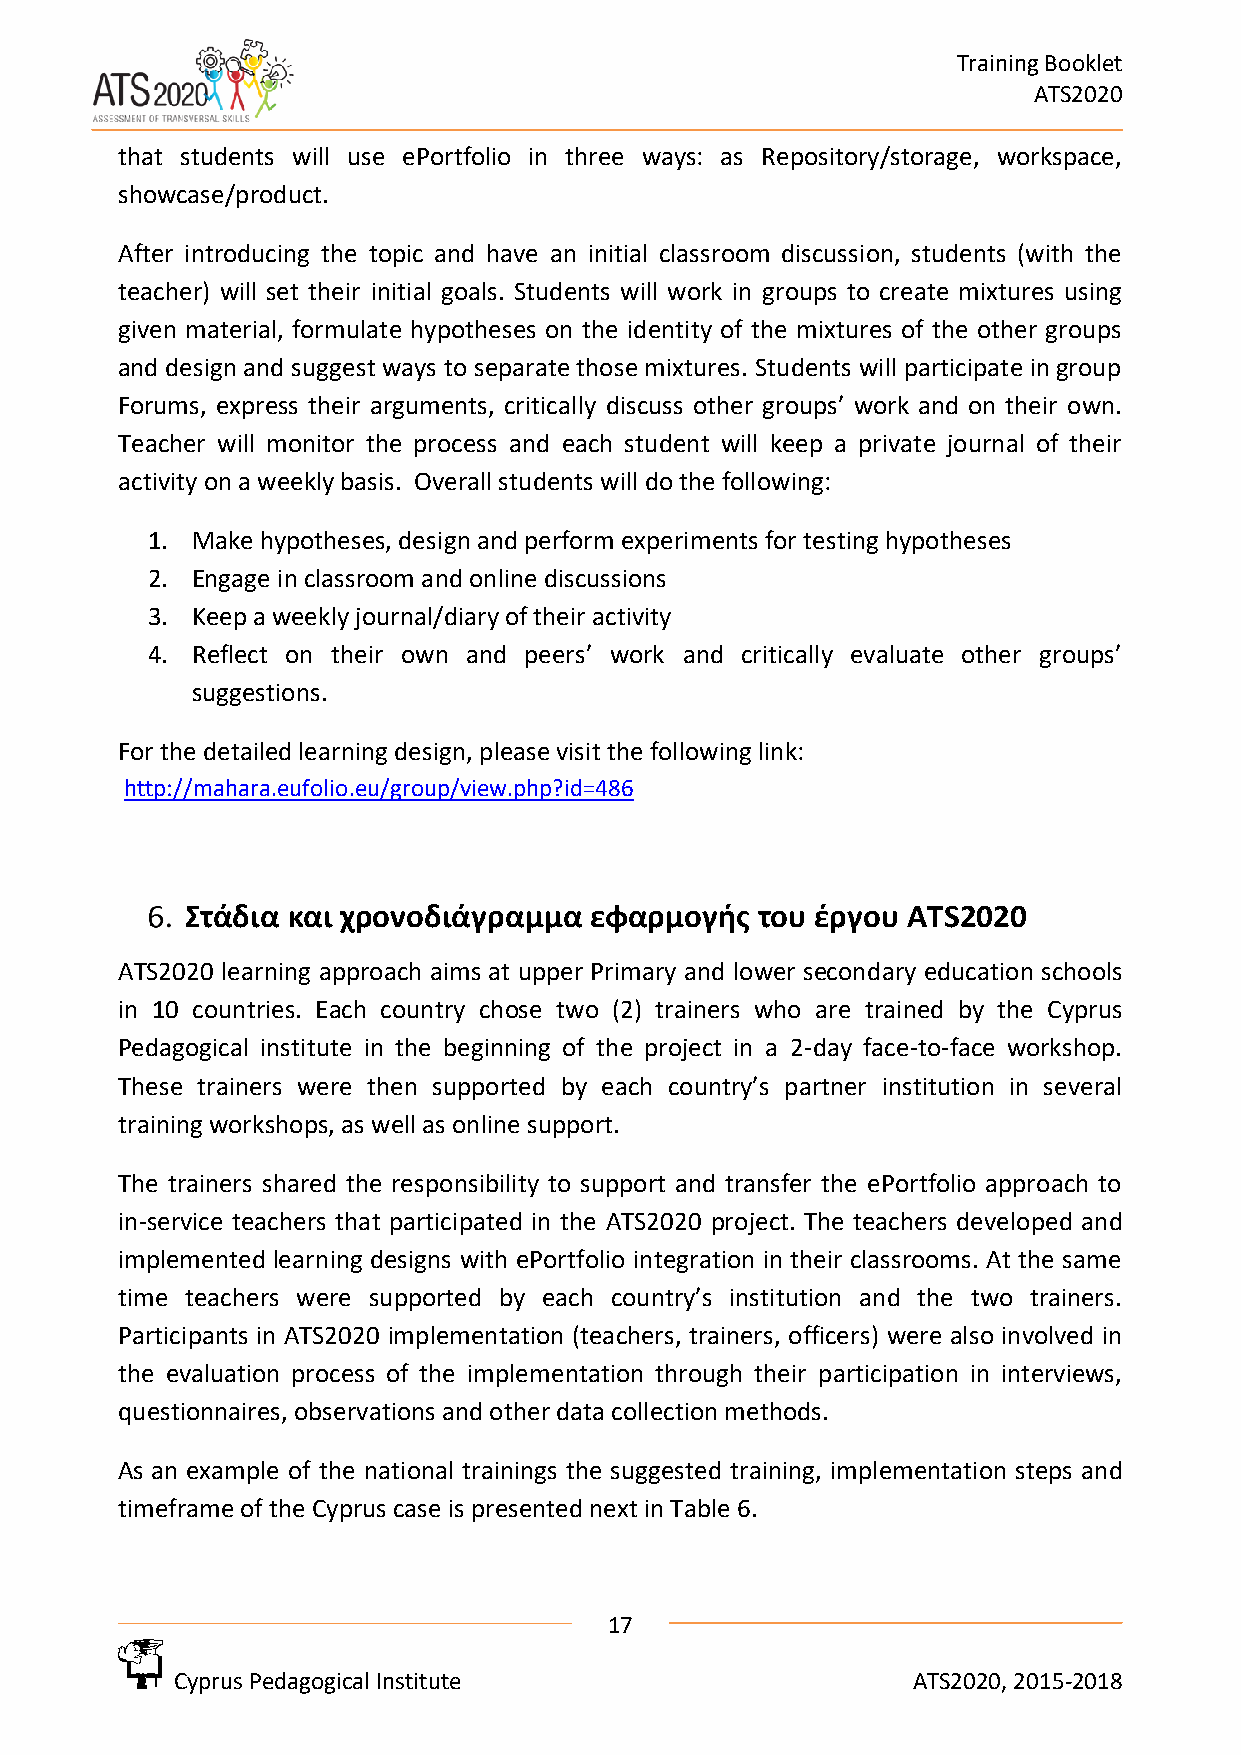
Training Booklet
 ATS2020
 that students will use ePortfolio in three ways: as Repository/storage, workspace,
 showcase/product.
 After introducing the topic and have an initial classroom discussion, students (with the
 teacher) will set their initial goals. Students will work in groups to create mixtures using
 given material, formulate hypotheses on the identity of the mixtures of the other groups
 and design and suggest ways to separate those mixtures. Students will participate in group
 Forums, express their arguments, critically discuss other groups’ work and on their own.
 Teacher will monitor the process and each student will keep a private journal of their
 activity on a weekly basis. Overall students will do the following:
 1. Make hypotheses, design and perform experiments for testing hypotheses
 2. Engage in classroom and online discussions
 3. Keep a weekly journal/diary of their activity
 4. Reflect on their own and peers’ work and critically evaluate other groups’
 suggestions.
 For the detailed learning design, please visit the following link:
 http://mahara.eufolio.eu/group/view.php?id=486
 Στάδια και χρονοδιάγραμμα  εφαρμογής  του έργου ATS2020
 ATS2020 learning approach aims at upper Primary and lower secondary education schools
 in 10 countries. Each country chose two (2) trainers who are trained by the Cyprus
 Pedagogical institute in the beginning of the project in a 2-day face-to-face workshop.
 These trainers were then supported by each country’s partner institution in several
 training workshops, as well as online support.
 The trainers shared the responsibility to support and transfer the ePortfolio approach to
 in-service teachers that participated in the ATS2020 project. The teachers developed and
 implemented learning designs with ePortfolio integration in their classrooms. At the same
 time teachers were supported by each country’s institution and the two trainers.
 Participants in ATS2020 implementation (teachers, trainers, officers) were also involved in
 the evaluation process of the implementation through their participation in interviews,
 questionnaires, observations and other data collection methods.
 As an example of the national trainings the suggested training, implementation steps and
 timeframe of the Cyprus case is presented next in Table 6.
 17
 Cyprus Pedagogical Institute                    ATS2020, 2015-2018